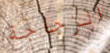
الزجاجة